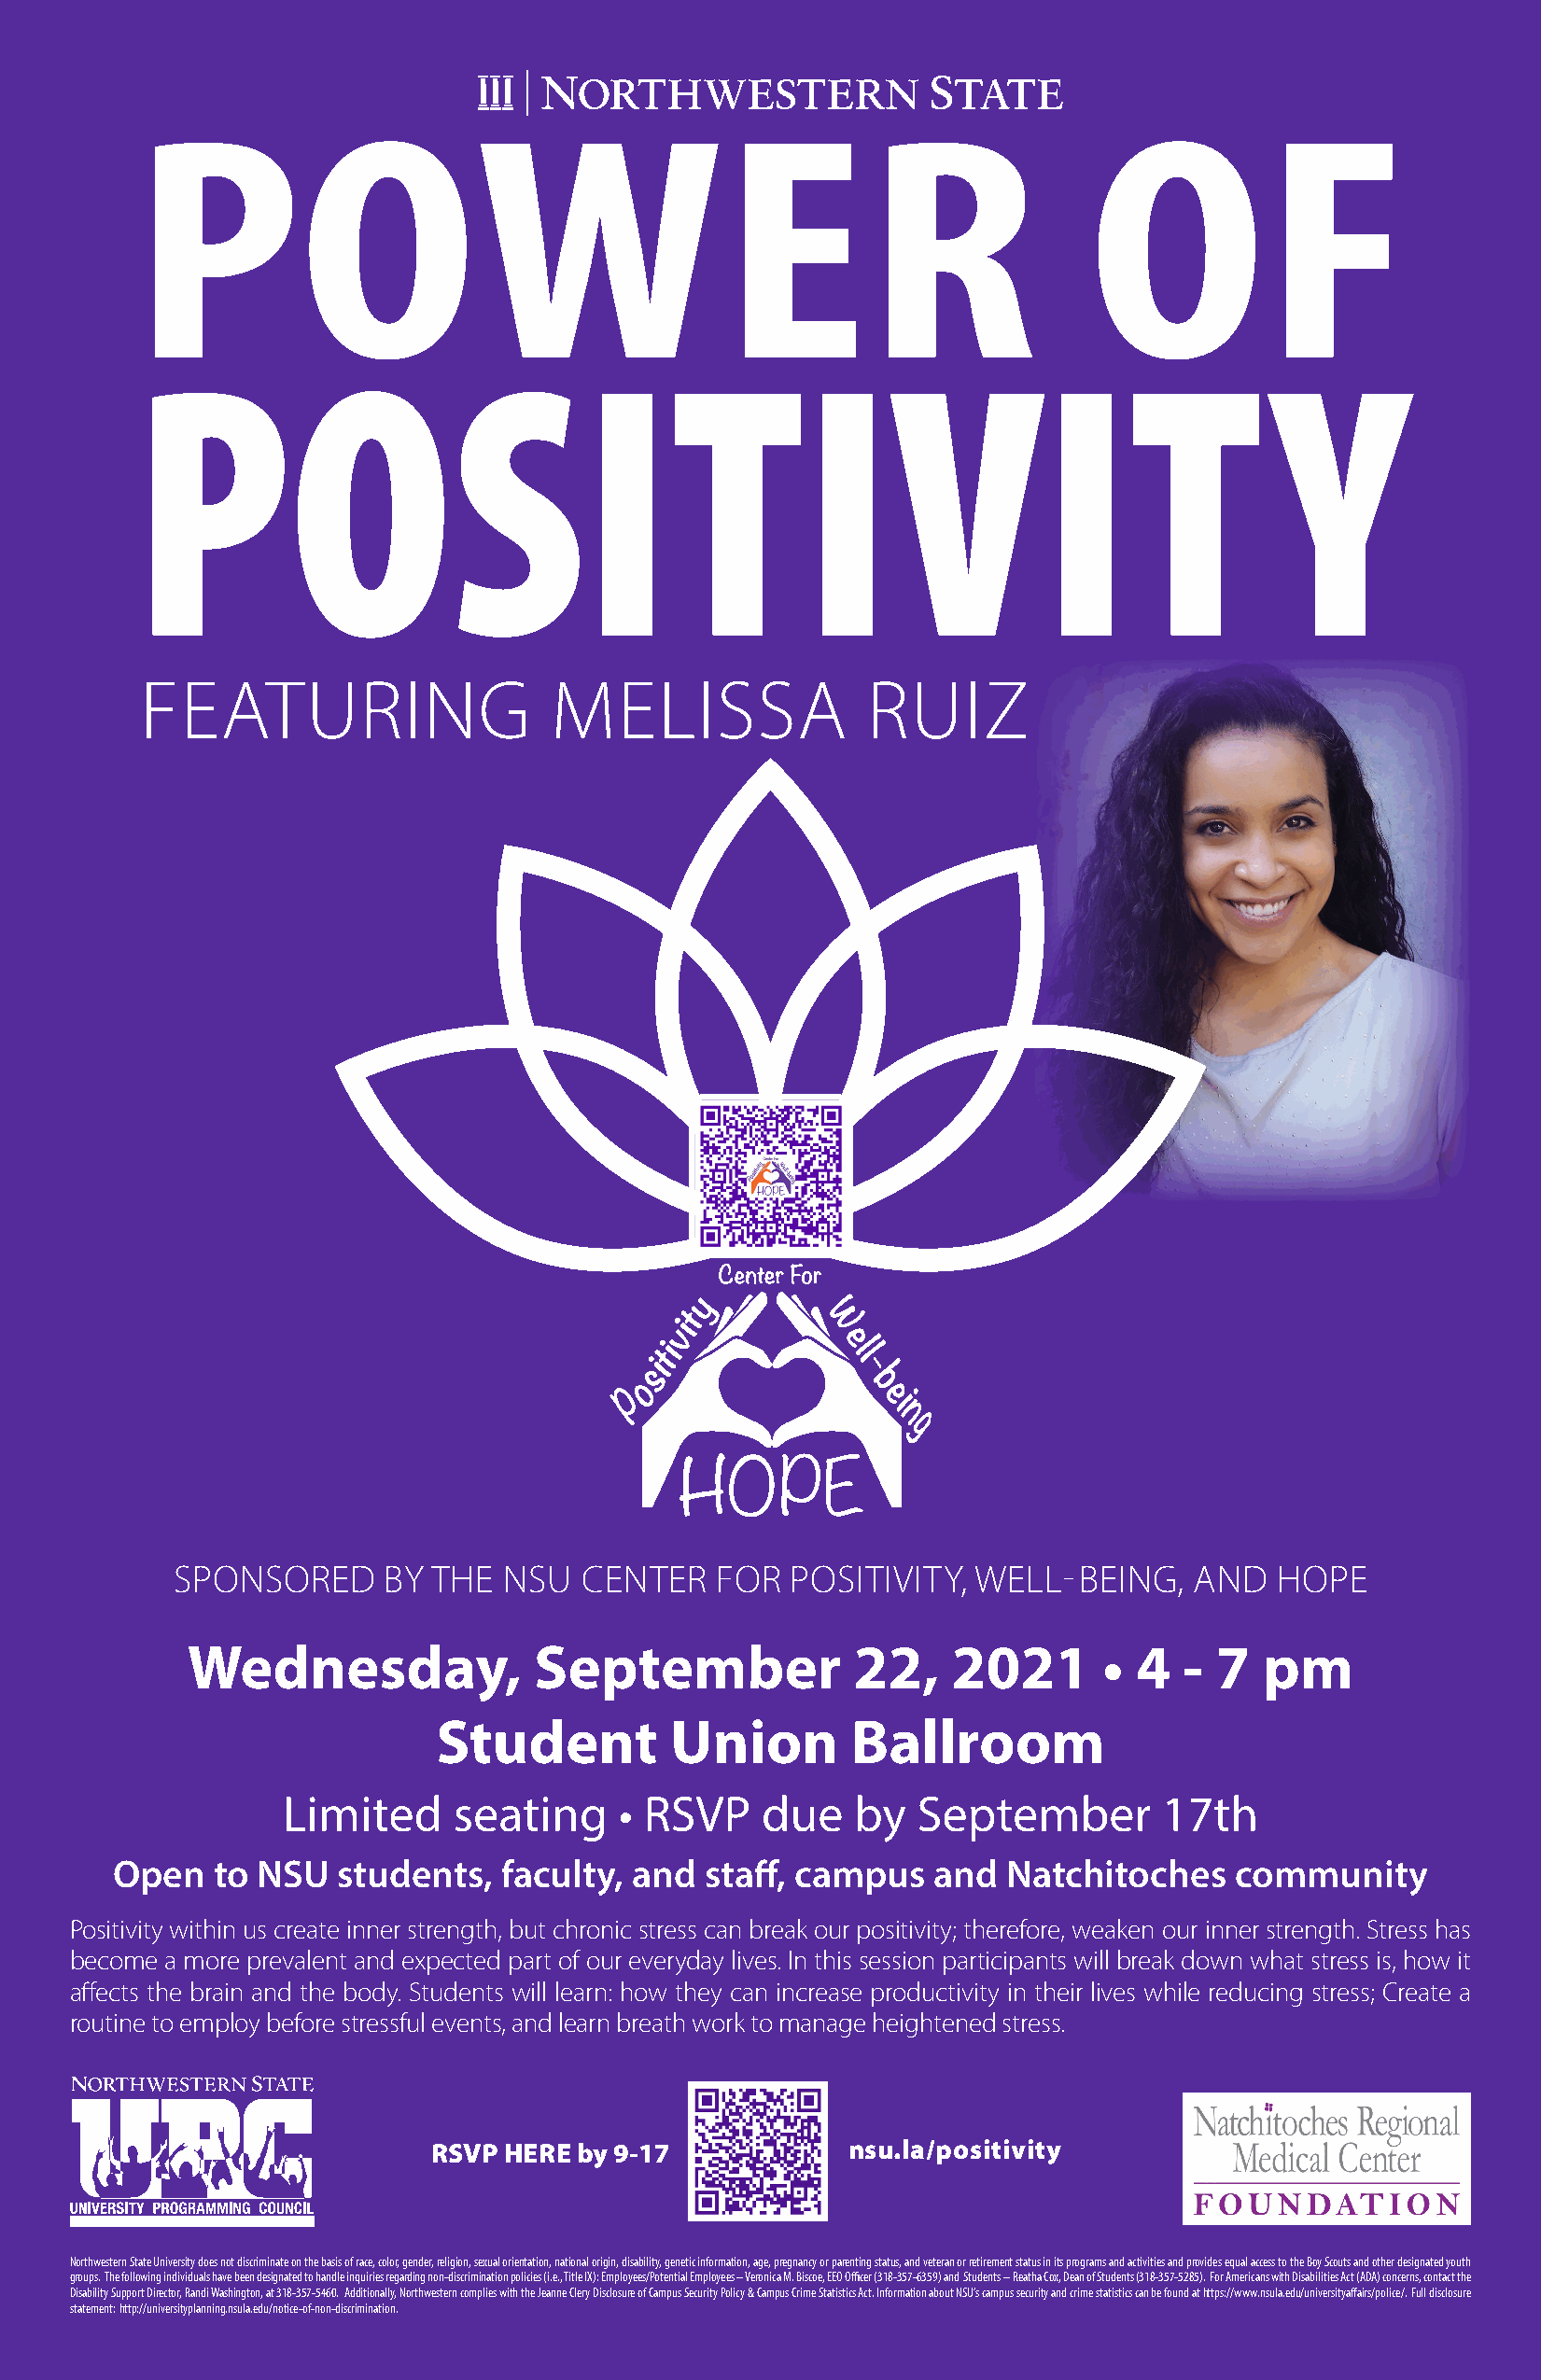
POWER                                                               OF
 POSITIVIT                                                                        Y
 FEATURING                    MELISSA               RUIZ
 SPONSORED      BY  THE  NSU  CENTER    FOR  POSITIVITY,  WELL-  BEING,   AND   HOPE
 Wednesday,               September              22,   2021       •  4  - 7   pm
 Student          Union       Ballroom
 Limited     seating     • RSVP    due    by  September        17th
 Open   to NSU   students,   faculty, and  staff, campus   and  Natchitoches     community
 Positivity within us create inner strength, but chronic stress can break our positivity; therefore, weaken our inner strength. Stress has
 become a more prevalent and expected part of our everyday lives. In this session participants will break down what stress is, how it
 affects the brain and the body. Students will learn: how they can increase productivity in their lives while reducing stress; Create a
 routine to employ before stressful events, and learn breath work to manage heightened stress.
 RSVP HERE by 9-17            nsu.la/positivity
 Northwestern State University does not discriminate on the basis of race, color, gender, religion, sexual orientation, national origin, disability, genetic information, age, pregnancy or parenting status, and veteran or retirement status in its programs and activities and provides equal access to the Boy Scouts and other designated youth
 groups. The following individuals have been designated to handle inquiries regarding non-discrimination policies (i.e., Title IX): Employees/Potential Employees – Veronica M. Biscoe, EEO Officer (318-357-6359) and Students – Reatha Cox, Dean of Students (318-357-5285). For Americans with Disabilities Act (ADA) concerns, contact the
 Disability Support Director, Randi Washington, at 318-357-5460. Additionally, Northwestern complies with the Jeanne Clery Disclosure of Campus Security Policy & Campus Crime Statistics Act. Information about NSU’s campus security and crime statistics can be found at https://www.nsula.edu/universityaffairs/police/. Full disclosure
 statement: http://universityplanning.nsula.edu/notice-of-non-discrimination.